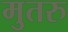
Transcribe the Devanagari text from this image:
मुतरु